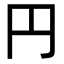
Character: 円